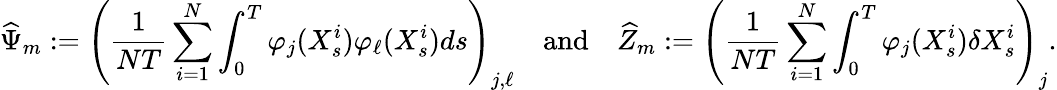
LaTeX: \widehat\Psi_{m}:=\left(\frac{1}{NT}\sum_{i=1}^{N}\int_{0}^{T}\varphi_{j}(X_{s}^{i})\varphi_{\ell}(X_{s}^{i})ds\right)_{j,\ell}\quad\mathrm{and}\quad\widehat Z_{m}:=\left(\frac{1}{NT}\sum_{i=1}^{N}\int_{0}^{T}\varphi_{j}(X_{s}^{i})\delta X_{s}^{i}\right)_{j}.